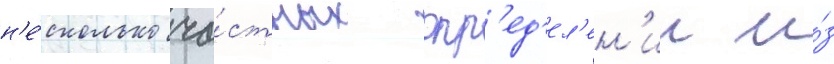
н'е́сколько ча́стных опр'ед'ел'ен'ии и́з